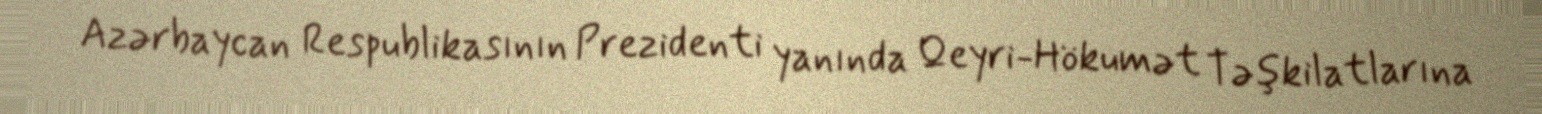
Azərbaycan Respublikasının Prezidenti yanında Qeyri-Hökumət Təşkilatlarına